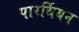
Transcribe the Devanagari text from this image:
पारर्थियन